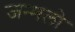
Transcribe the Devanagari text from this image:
जन्मलो